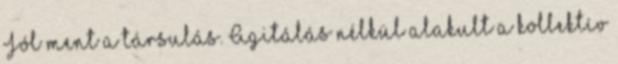
Jól ment a társulás. Agitálás nélkül alakult a kollektív